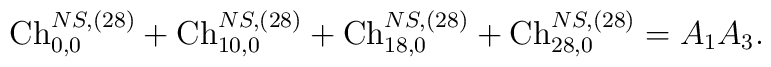
{\rm Ch}_{0,0}^{NS,(28)}+{\rm Ch}_{10,0}^{NS,(28)}+{\rm Ch}_{18,0}^{NS,(28)}+{\rm Ch}_{28,0}^{NS,(28)}=A_1A_3.